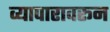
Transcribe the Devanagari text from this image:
व्यापारावरून